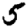
Digit: 5